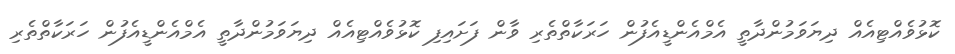
ކޮޅުވެއްޓިއެއް ދިޔަވަމުންދާތީ އެމްއެންޑީއެފުން ހަރަކާތްތެރި ވާން ފަށައިފި ކޮޅުވެއްޓިއެއް ދިޔަވަމުންދާތީ އެމްއެންޑީއެފުން ހަރަކާތްތެރި